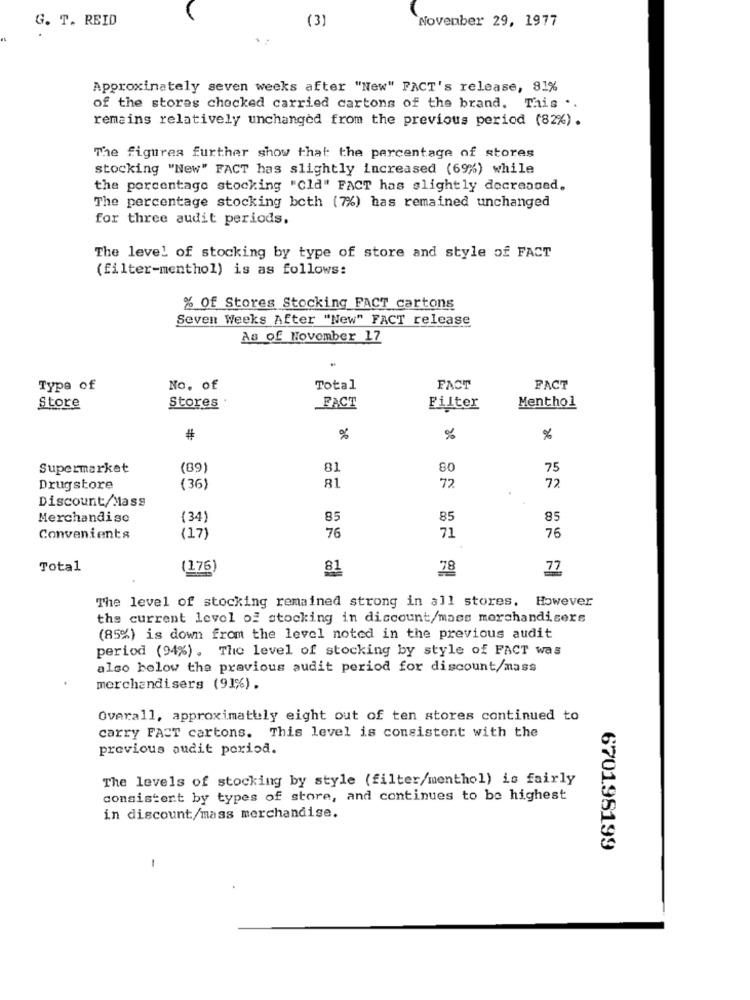
G. T. REID
(3)
November 29, 1977
Approximately seven weeks after "New" FACT's release, 81%
of the stores chocked carried cartons of the brand. This ..
remains relatively unchanged from the previous period (82%).
The figures further show that the percentage of stores
stocking "New" FACT has slightly increased (6%) while
the percentage stocking "Cld" FACT has slightly decreased.
The percentage stocking beth (7%) has remained unchanged
for three audit periods.
The level of stocking by type of store and style of FACT
(filter-menthol) is as follows:
% Of Stores Stocking FACT cartons
Seven Weeks After "New" FACT release
As of November 17
Type of
No. of
Total
FACT
FACT
Stores .
Store
FACT
Filter
Menthol
#
%
%
%
Supermarket
(89)
81
80
75
81
72
72
Drugstore
(36)
Discount/Mass
Merchandise
(34)
85
85
85
76
76
Convenients
(17)
71
Total
(176)
81
78
77
The level of stocking remained strong in all stores. However
the current level of stocking in discount/mass merchandisers
(85%) is down from the level noted in the previous audit
period (94%). The level of stocking by style of FACT was
also below the pravious audit period for discount/mass
merchandisers (91%).
Overall, approximately eight out of ten stores continued to
carry FACT cartons. This level is consistent with the
previous audit period.
The levels of stocking by style (filter/menthol) is fairly
consistent by types of store, and continues to be highest
in discount/mass merchandise.
670198199
-